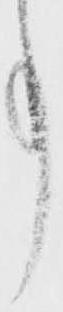
事